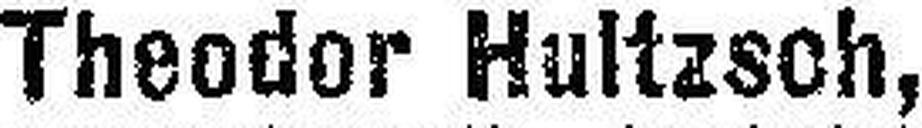
Theodor Hultzsch,